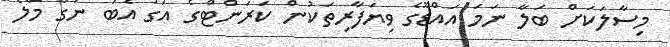
މިސާލަކަށް ބަލާ ނަމަ އައްޑޫގެ ވިޔަފާރިތަކުން ކަރަންޓްގެ އަގު އެބަ ނަގާ މާލެ